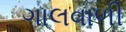
ગાલવાળી